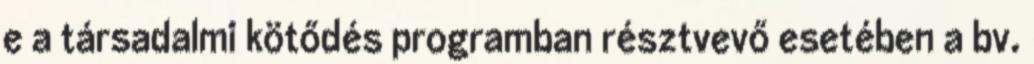
e a társadalmi kötődés programban résztvevő esetében a bv.